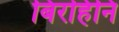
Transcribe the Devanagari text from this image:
बिरहिनि